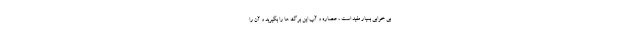
بی خوابی بسیار مفید است ، عصاره و آب این برگ ها را بگیرید و آن را